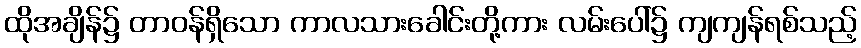
ထိုအချိန်၌ တာဝန်ရှိသော ကာလသားခေါင်းတို့ကား လမ်းပေါ်၌ ကျကျန်ရစ်သည့်